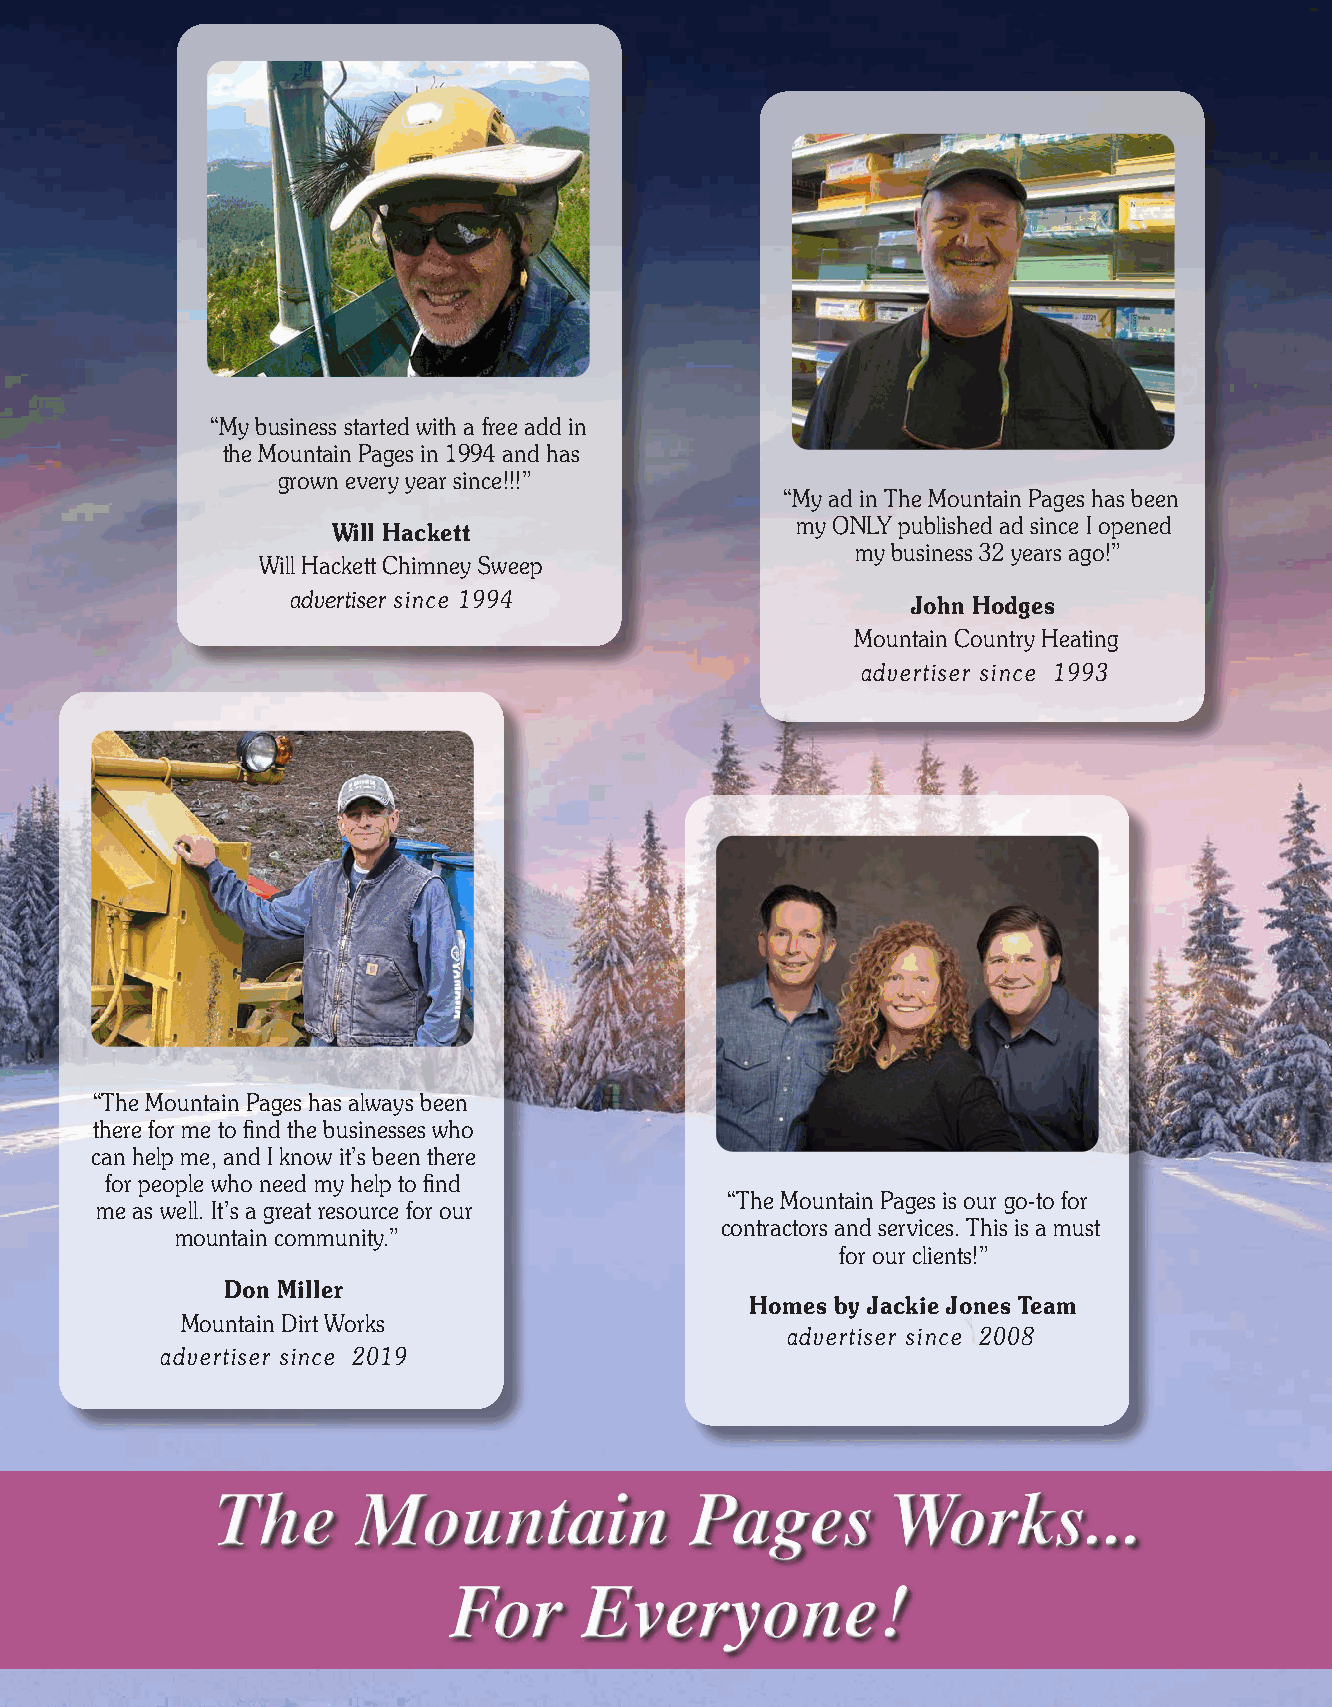
“My business started with a free add in
 the Mountain Pages in 1994 and has
 grown every year since!!!”
 “My ad in The Mountain Pages has been
 my ONLY published ad since I opened
 Will Hackett
 my business 32 years ago!”
 Will Hackett Chimney Sweep
 advertiser since 1994                    John Hodges
 Mountain Country Heating
 advertiser since 1993
 “The Mountain Pages has always been
 there for me to find the businesses who
 can help me, and I know it’s been there
 for people who need my help to find
 “The Mountain Pages is our go-to for
 me as well. It’s a great resource for our
 contractors and services. This is a must
 mountain community.”
 for our clients!”
 Don Miller
 Homes by Jackie Jones Team
 Mountain Dirt Works
 advertiser since 2008
 advertiser since 2019
 The       Mountain              Pages        Works...
 For      Everyone!